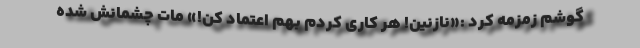
گوشم زمزمه کرد :«نازنین! هر کاری کردم بهم اعتماد کن!» مات چشمانش شده